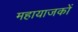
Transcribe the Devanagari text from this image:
महायाजकों